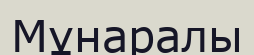
Мұнаралы